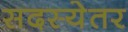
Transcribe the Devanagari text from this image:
सदस्येतर